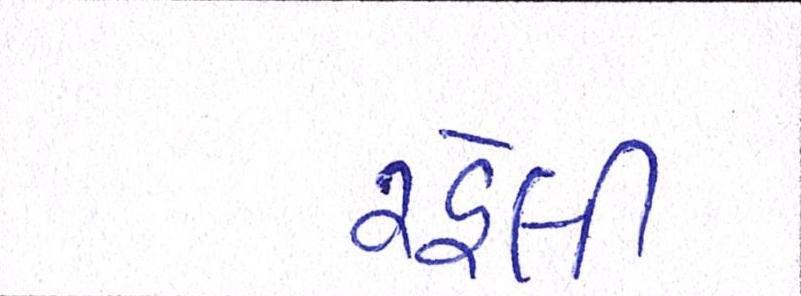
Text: રહેલી